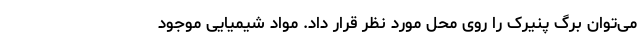
می‌توان برگ پنیرک را روی محل مورد نظر قرار داد. مواد شیمیایی موجود